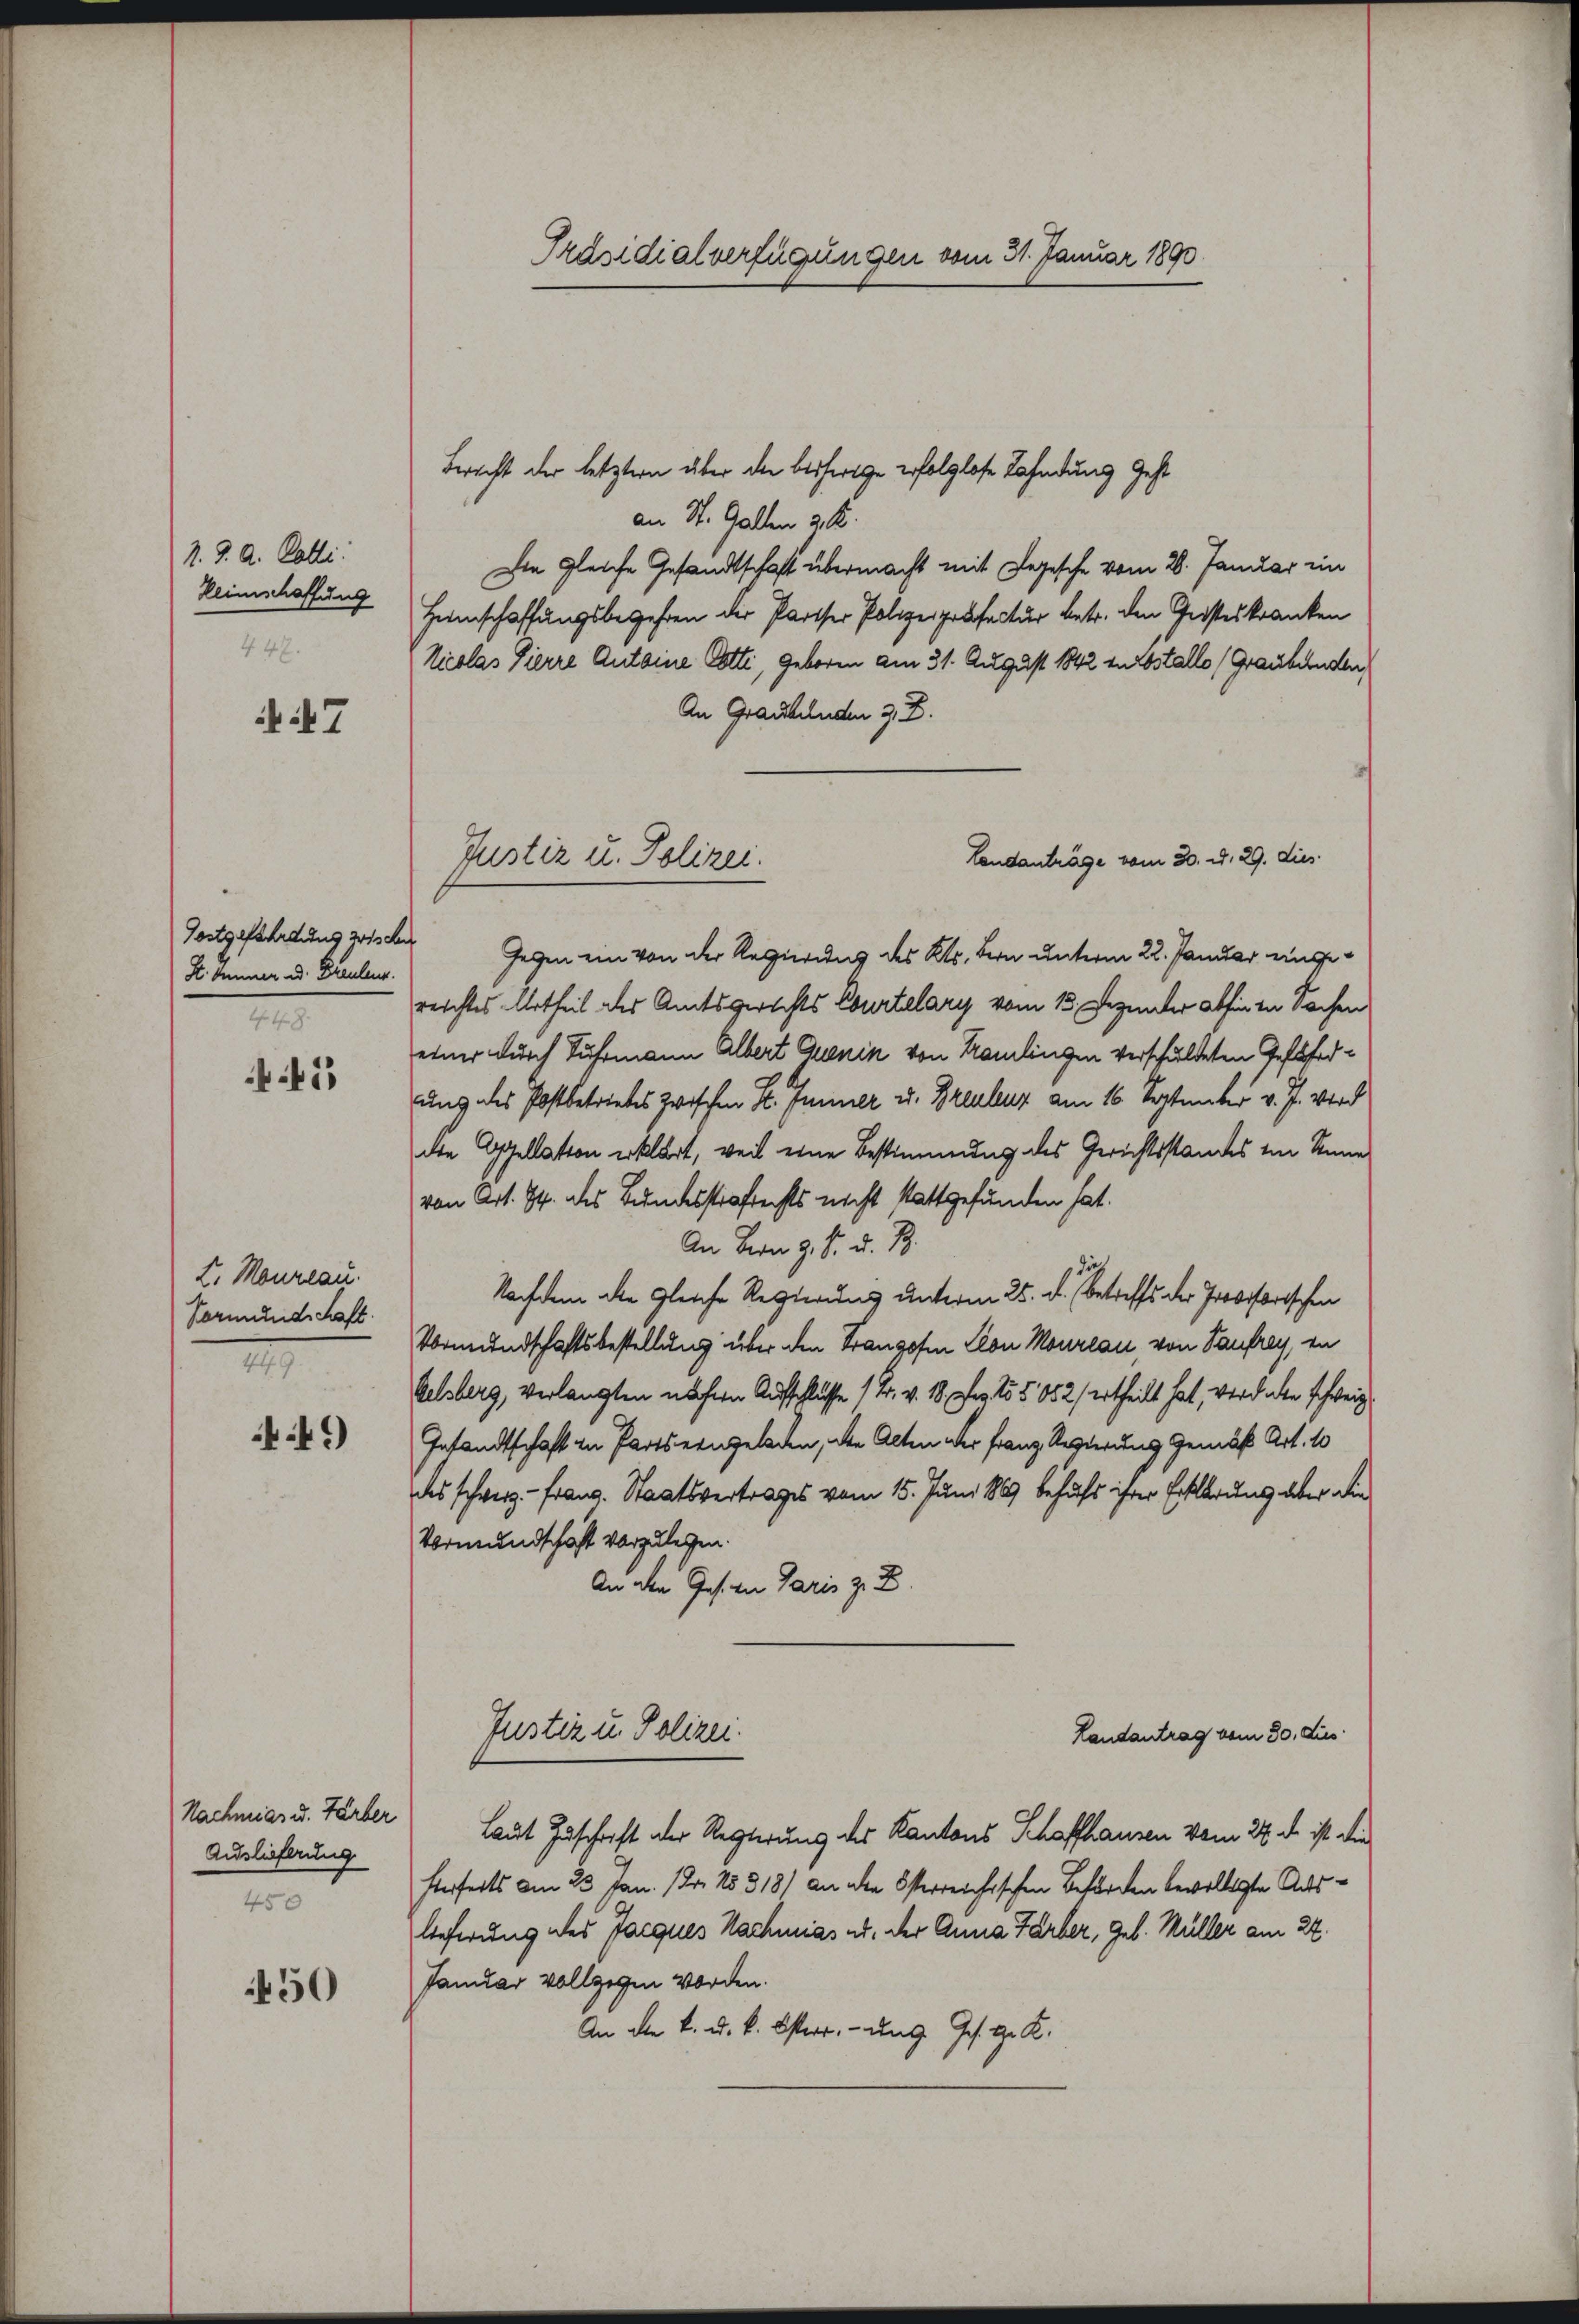
N. J. A. Colli
Reinschaffung
447.

47

S. Immer od. Brauteur.
1. the Z.

1

L. Maureau.
Vormundschaft.
I

449

Nachmiar u. Färber
Auslieferung
450

450

Präsidialverfügungen vom 31. Januar 1890

Bericht der letztern über die bisherige erfolglose Fahndung gest
an St. Gallen 3 S.
Die gleiche Gesandtschaft übermacht mit Legesche vom 26. Januar ein
Heimschaffungsbegehren der Pariser Polizeipräfectur betr. den Geisteskranken
Vicolas Pierre Antoine Cotti, geboren am 31. August 1842 in Estallo (Graubünden
An Graubelnden z. B.
Gortgefahrung zwische Gegen ein von der Regierung des Kts. Bern unterm 22. Januar eingereichtes Urtheil des Amtsgerichts Courtelary vom 13. Dezender abhin in Sachen
einer durch Fuhrmann Albert Quenin von Kamlingen verschuldeten Gesuferung des Post betriebes zwischen H. Immer u. Greulenz am 16. September v. J. vor
die Appellation erklärt, weil eine Bestimmung des Gerichtsstandes im Sinne
von Art. 74. des Bundesstrafrechts nicht stattgefunden hat.
An Bern z. B. d. B.
Nachdem die gleiche Regierung unterm 25. d. (betreffs der Provisorischen
Vormundschaftsbestellung über den Franzosen Clon Moureau, von Taufrey, in
kelsberg, verlangten nähern Aufschlüsse 1 Fr. v. 18. pag 155. 682 ertheilt hat, wird aber schweiz
Instandtschaft in Parts eingeladen, die Alten der Franz Regierung Gemäß Art. 10
des schweiz. - Franz. Staatsvertrages vom 15. Juni 1889 behufs ihrer Erklärung aber die
Vormundschaft vorzulegen.
An den Ges. an Paris z. B.
Justiz u. Polizei.
Landantrag vom 30. Jus
Laut Zuschrift der Regierung des Kantons Schaffhausen vom 27. d. ist die
Perferts am 23. Jan. 1. 15818) an die österreichischen Beförden bewilligte Auslieferung des Jacques Nachmias u. der Anna Färber, geb. Müller am 22.
Januar vollgegen worden.
An die k. u. k. österr. und Ges. G. K.

Landanträge vom 30. d. 29. dies
Justiz u. Polizei.